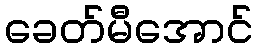
ခေတ်မီအောင်